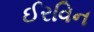
ઈરવિન